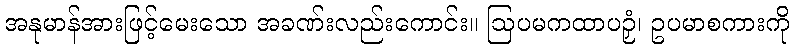
အနုမာန်အားဖြင့်မေးသော အခဏ်းလည်းကောင်း။ ဩပမကထာပဉှံ၊ ဥပမာစကားကို